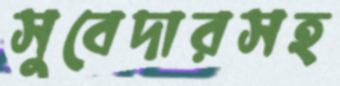
সুবেদারসহ